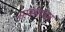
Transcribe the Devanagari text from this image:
सम्स्थापन